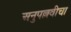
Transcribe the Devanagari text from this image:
अनुपल्लवीचा